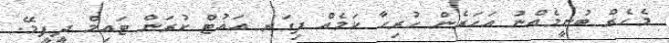
މެހެރް ބުނީމެއްނު އަހަރެން ހުރިހާ ކަމެއް ފިގަރ އައުޓް ކުރަން ޓައިމް ދީފީމޭ.